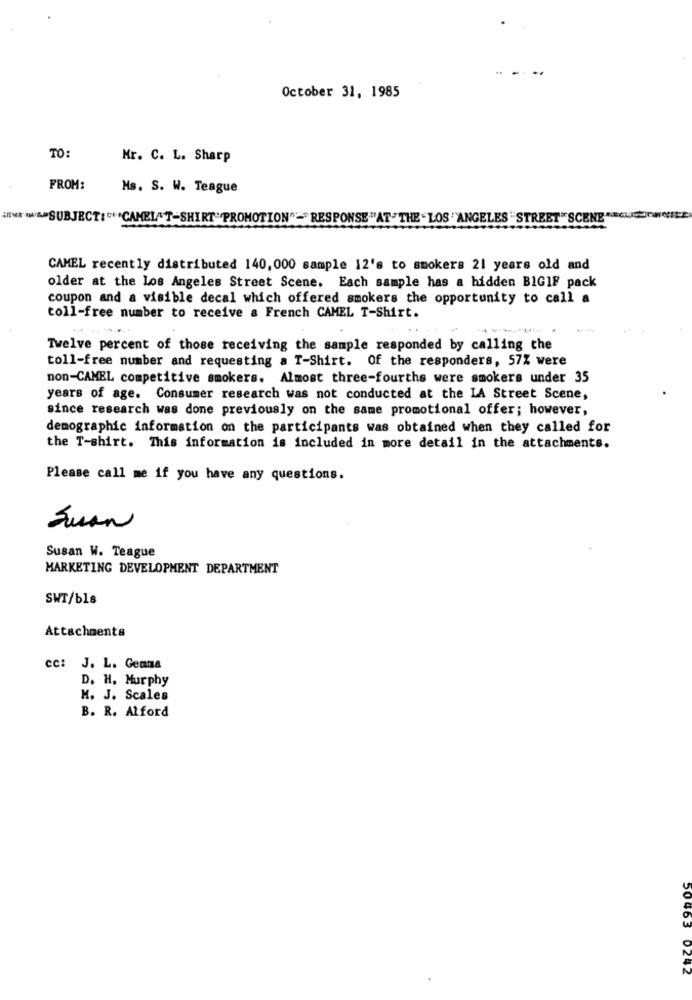
October 31, 1985
TO:
Mr. C. L. Sharp
FROM:
Ms. S. W. Teague
NA wwASUBJECT:"""CAMEL"T-SHIRT"PROMOTION"="RESPONSE"AT"THE "LOS ""ANGELES "STREET"SCENE"EC
CAMEL recently distributed 140,000 sample 12's to smokers 21 years old and
older at the Los Angeles Street Scene. Each sample has a hidden BIGIF pack
coupon and a visible decal which offered smokers the opportunity to call a
toll-free number to receive a French CAMEL T-Shirt.
Twelve percent of those receiving the sample responded by calling the
toll-free number and requesting a T-Shirt. Of the responders, 57% were
non-CAMEL competitive smokers. Almost three-fourths were smokers under 35
years of age. Consumer research was not conducted at the LA Street Scene,
since research was done previously on the same promotional offer; however,
demographic information on the participants was obtained when they called for
the T-shirt. This information is included in more detail in the attachments.
Please call me if you have any questions.
Juan
Susan W. Teague
MARKETING DEVELOPMENT DEPARTMENT
SWT/bls
Attachments
cc: J. L. Gemma
D. H. Murphy
M. J. Scales
B. R. Alford
50463 0242